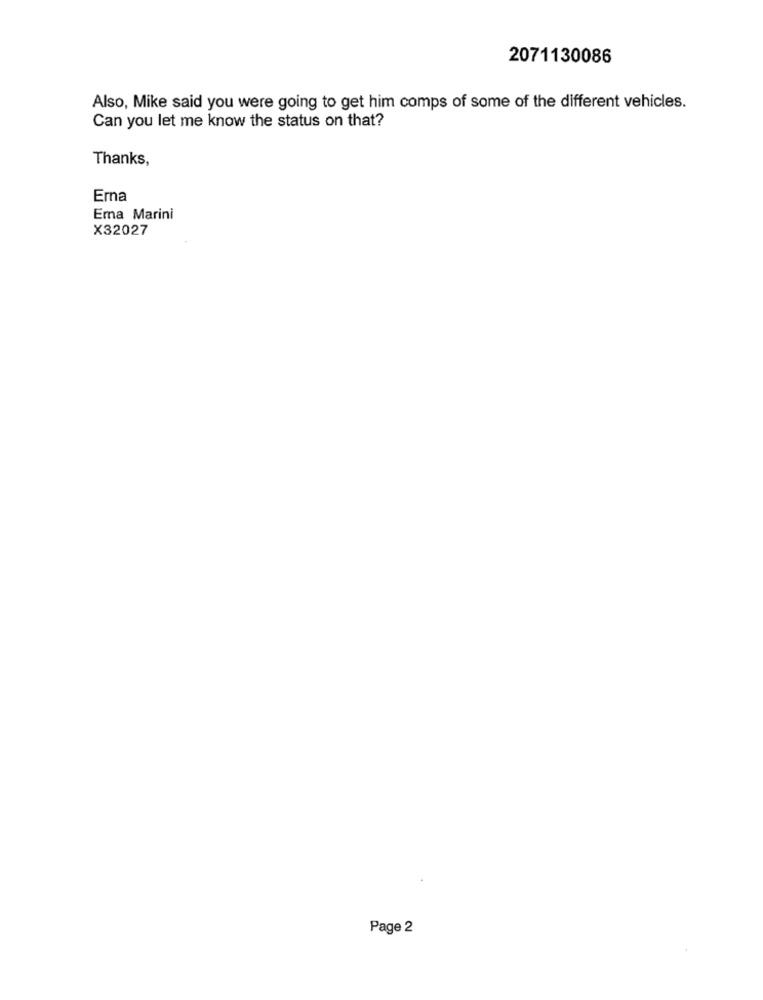
2071130086
Also, Mike said you were going to get him comps of some of the different vehicles.
Can you let me know the status on that?
Thanks,
Erna
Ema Marini
X32027
Page 2